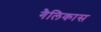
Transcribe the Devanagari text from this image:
गैलिकास